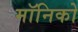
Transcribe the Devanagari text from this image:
मॉनिको